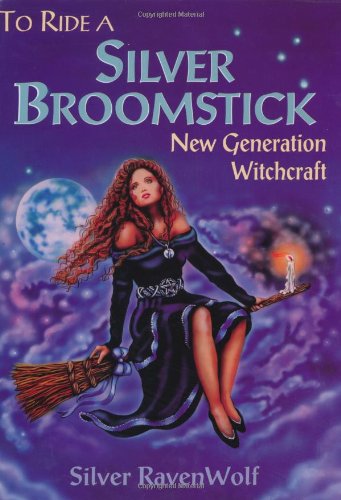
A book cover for To Ride A Silver Broomstick: New Generation Witchcraft; Silver RavenWolf; Religion & Spirituality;